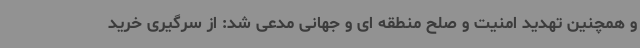
و همچنین تهدید امنیت و صلح منطقه ای و جهانی مدعی شد: از سرگیری خرید